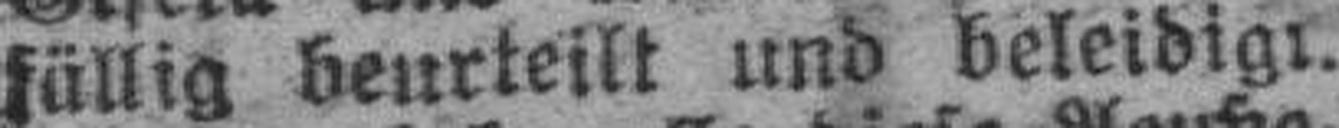
fällig beurteilt und beleidigt.